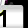
Digit: 1